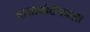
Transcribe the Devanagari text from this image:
बाजारपेठेमधला